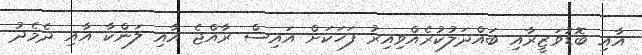
އާއި ބޮޑުވަޒީރާއި ބައްދަލުކުރެއްްވިއިރު ފަހަކަށް އައިސް ރާއްޖެ އާއި ލަންކާ އާއި ދެމެދު